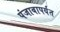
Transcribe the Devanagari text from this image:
पंजाबापर्यंत